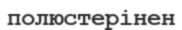
полюстерінен